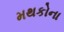
મથકોના